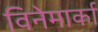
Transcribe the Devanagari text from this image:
विनेमार्का